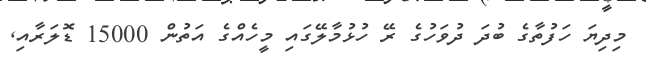
މިދިޔަ ހަފުތާގެ ބުދަ ދުވަހުގެ ރޭ ހުޅުމާލޭގައި މީހެއްގެ އަތުން 15000 ޑޮލަރާއި